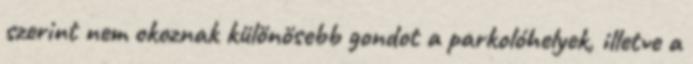
szerint nem okoznak különösebb gondot a parkolóhelyek, illetve a